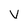
Character: v